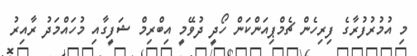
މި އުމުރުފުރާގެ ފިރިހެން ޗެމްޕިއަންކަން ހޯދީ ދުވޭމީ އިބްރިމް ޝަފީގާއި މުހައްމަދު ރާއިރު